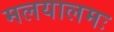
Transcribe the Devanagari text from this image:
मलयालमः